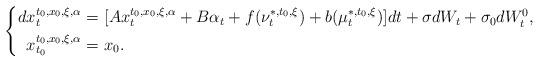
LaTeX: \begin{align*}\left\{\begin{aligned}dx_t^{t_0,x_0,\xi,\alpha}=&~[Ax_t^{t_0,x_0,\xi,\alpha}+B\alpha_t+f(\nu_t^{*,t_0,\xi})+b(\mu_t^{*,t_0,\xi})]dt+\sigma dW_t+\sigma_0dW^0_t,\\x_{t_0}^{t_0,x_0,\xi,\alpha}=&~x_0.\end{aligned}\right.\end{align*}